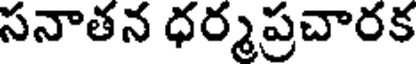
సనాతన ధర్మప్రచారక